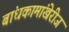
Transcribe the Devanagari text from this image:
बांधकामांखेरीज